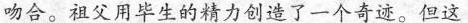
吻合。祖父用毕生的精力创造了一个奇迹。但这